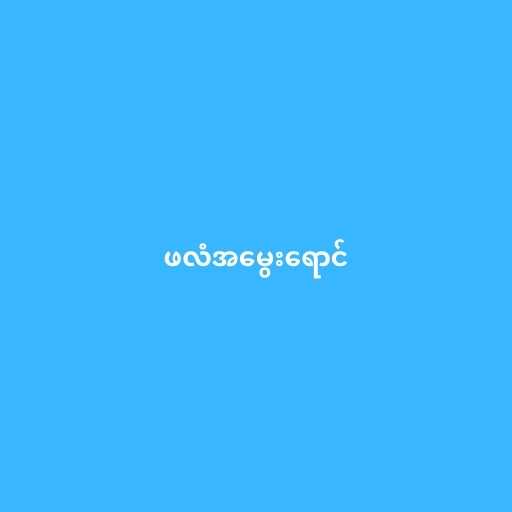
ဖလံအမွေးရောင်